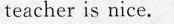
teacher is nice.